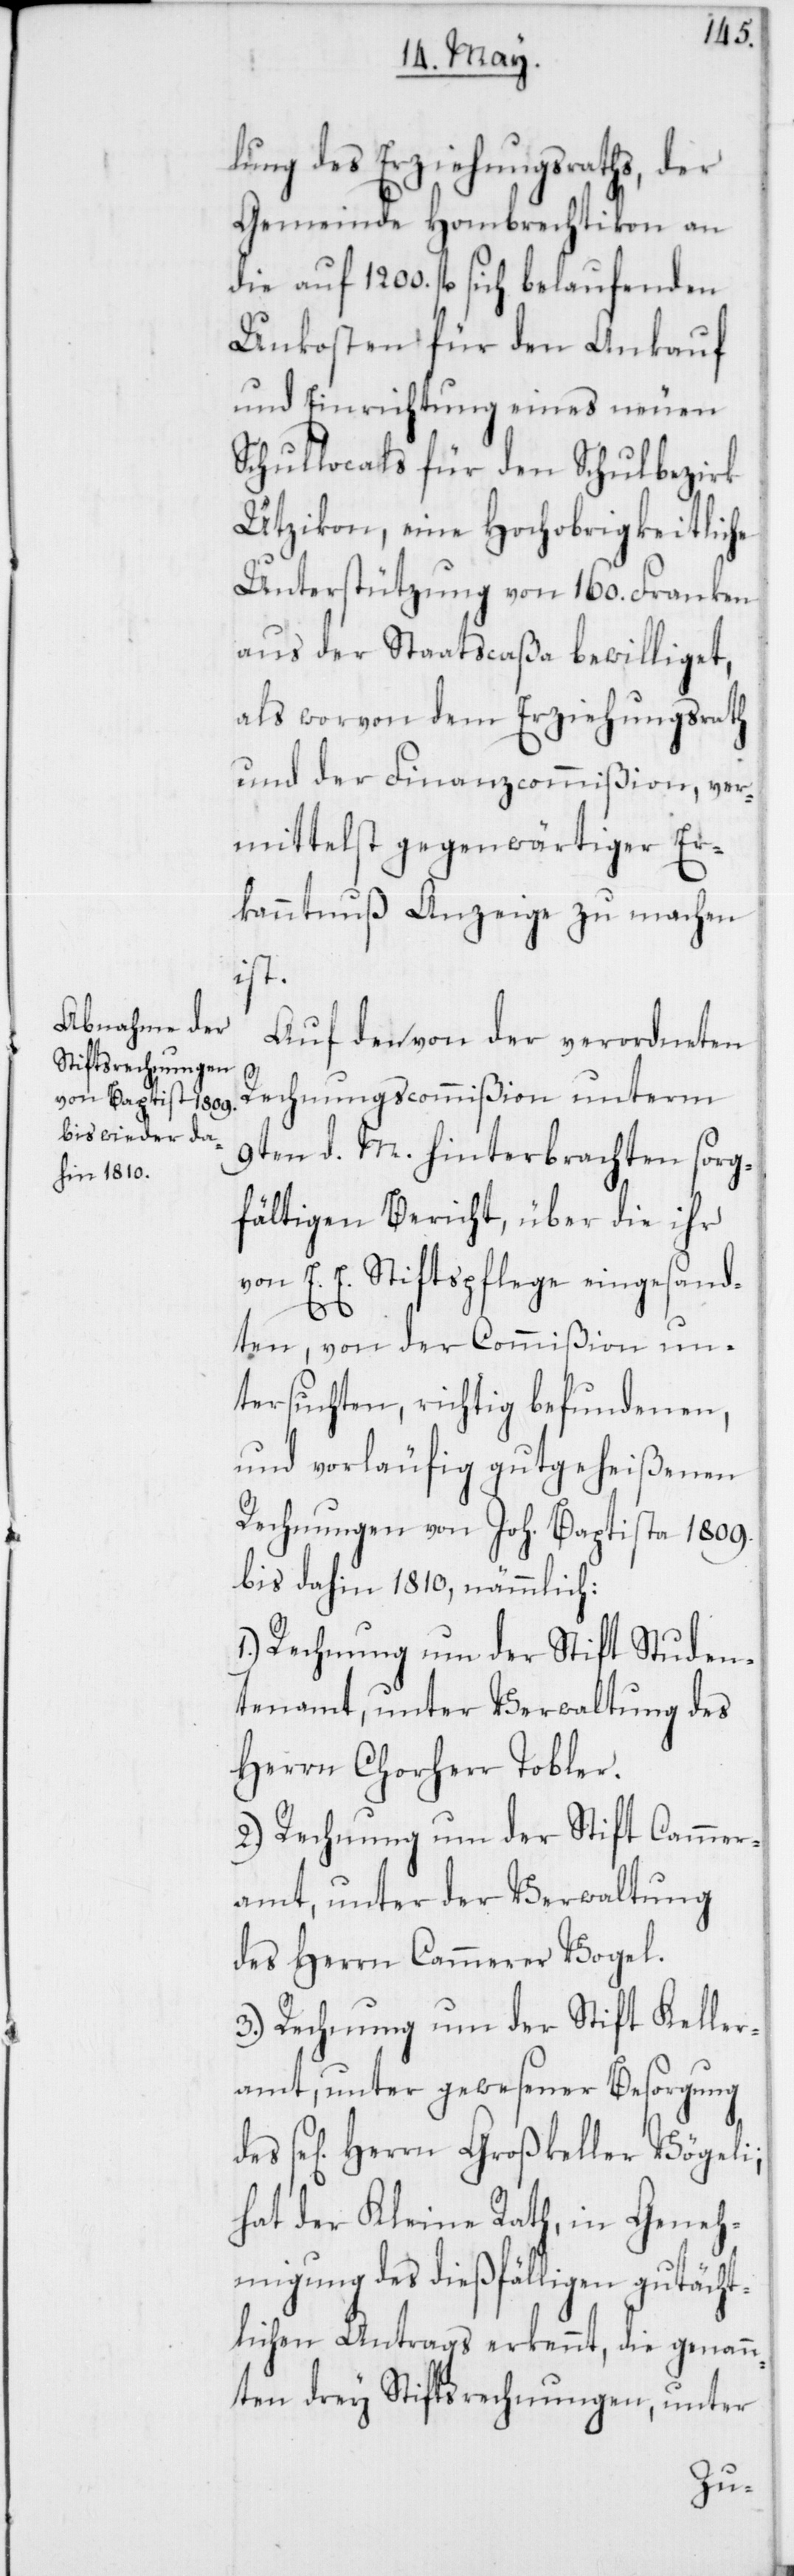
lung des Erziehungsraths, der
Gemeinde Hombrechtikon an
die auf 1200. fl. sich belaufenden
Unkosten für den Ankauf
und Einrichtung eines neuen
Schullocals für den Schulbezirk
Utzikon, eine Hochobrigkeitliche
Unterstützung von 160. Franken
aus der Staatscaßa bewilliget,
als worvon dem Erziehungsrath
und der Finanzcommißion, ver¬
mittelst gegenwärtiger Er¬
kanntnuß Anzeige zu machen
ist.
Auf den von der verordneten
s¬
Rechnungscommißion unterm
9ten d. M. hinterbrachten sorg¬
fältigen Bericht, über die ihr
von E. E. Stiftspflege eingesand¬
ten, von der Commißion un¬
tersuchten, richtig befundenen,
und vorläufig gutgeheißenen
Rechnungen von Joh. Baptista 1809.
bis dahin 1810, nämmlich:
1.) Rechnung um der Stift Studen¬
tenamt, unter Verwaltung des
Herrn Chorherr Tobler.
2.) Rechnung um der Stift Cammer¬
amt, unter der Verwaltung
des Herrn Cammerer Vogel.
3.) Rechnung um der Stift Keller¬
amt, unter gewesener Besorgung
e[ligen] Herrn Großkeller Vögeli;
hat der Kleine Rath in Geneh¬
migung des dießfälligen gutächt¬
lichen Antrags erkennt, die genan¬
nten drey Stiftsrechnungen, unter